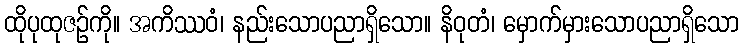
ထိုပုထုဇဉ်ကို။ အကိဿဝံ၊ နည်းသောပညာရှိသော။ နိဝုတံ၊ မှောက်မှားသောပညာရှိသော